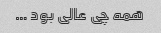
همه چی عالی بود …